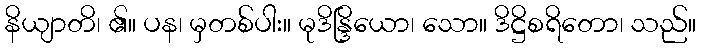
နိယျာတိ၊ ၏။ ပန၊ မှတစ်ပါး။ မုဒိန္ဒြိယော၊ သော။ ဒိဋ္ဌိစရိတော၊ သည်။